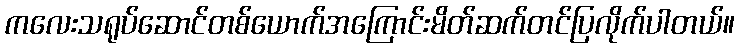
ကလေးသရုပ်ဆောင်တစ်ယောက်အကြောင်းမိတ်ဆက်တင်ပြလိုက်ပါတယ်။